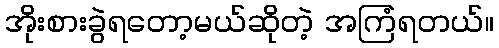
အိုးစားခွဲရတော့မယ်ဆိုတဲ့ အကြံရတယ်။